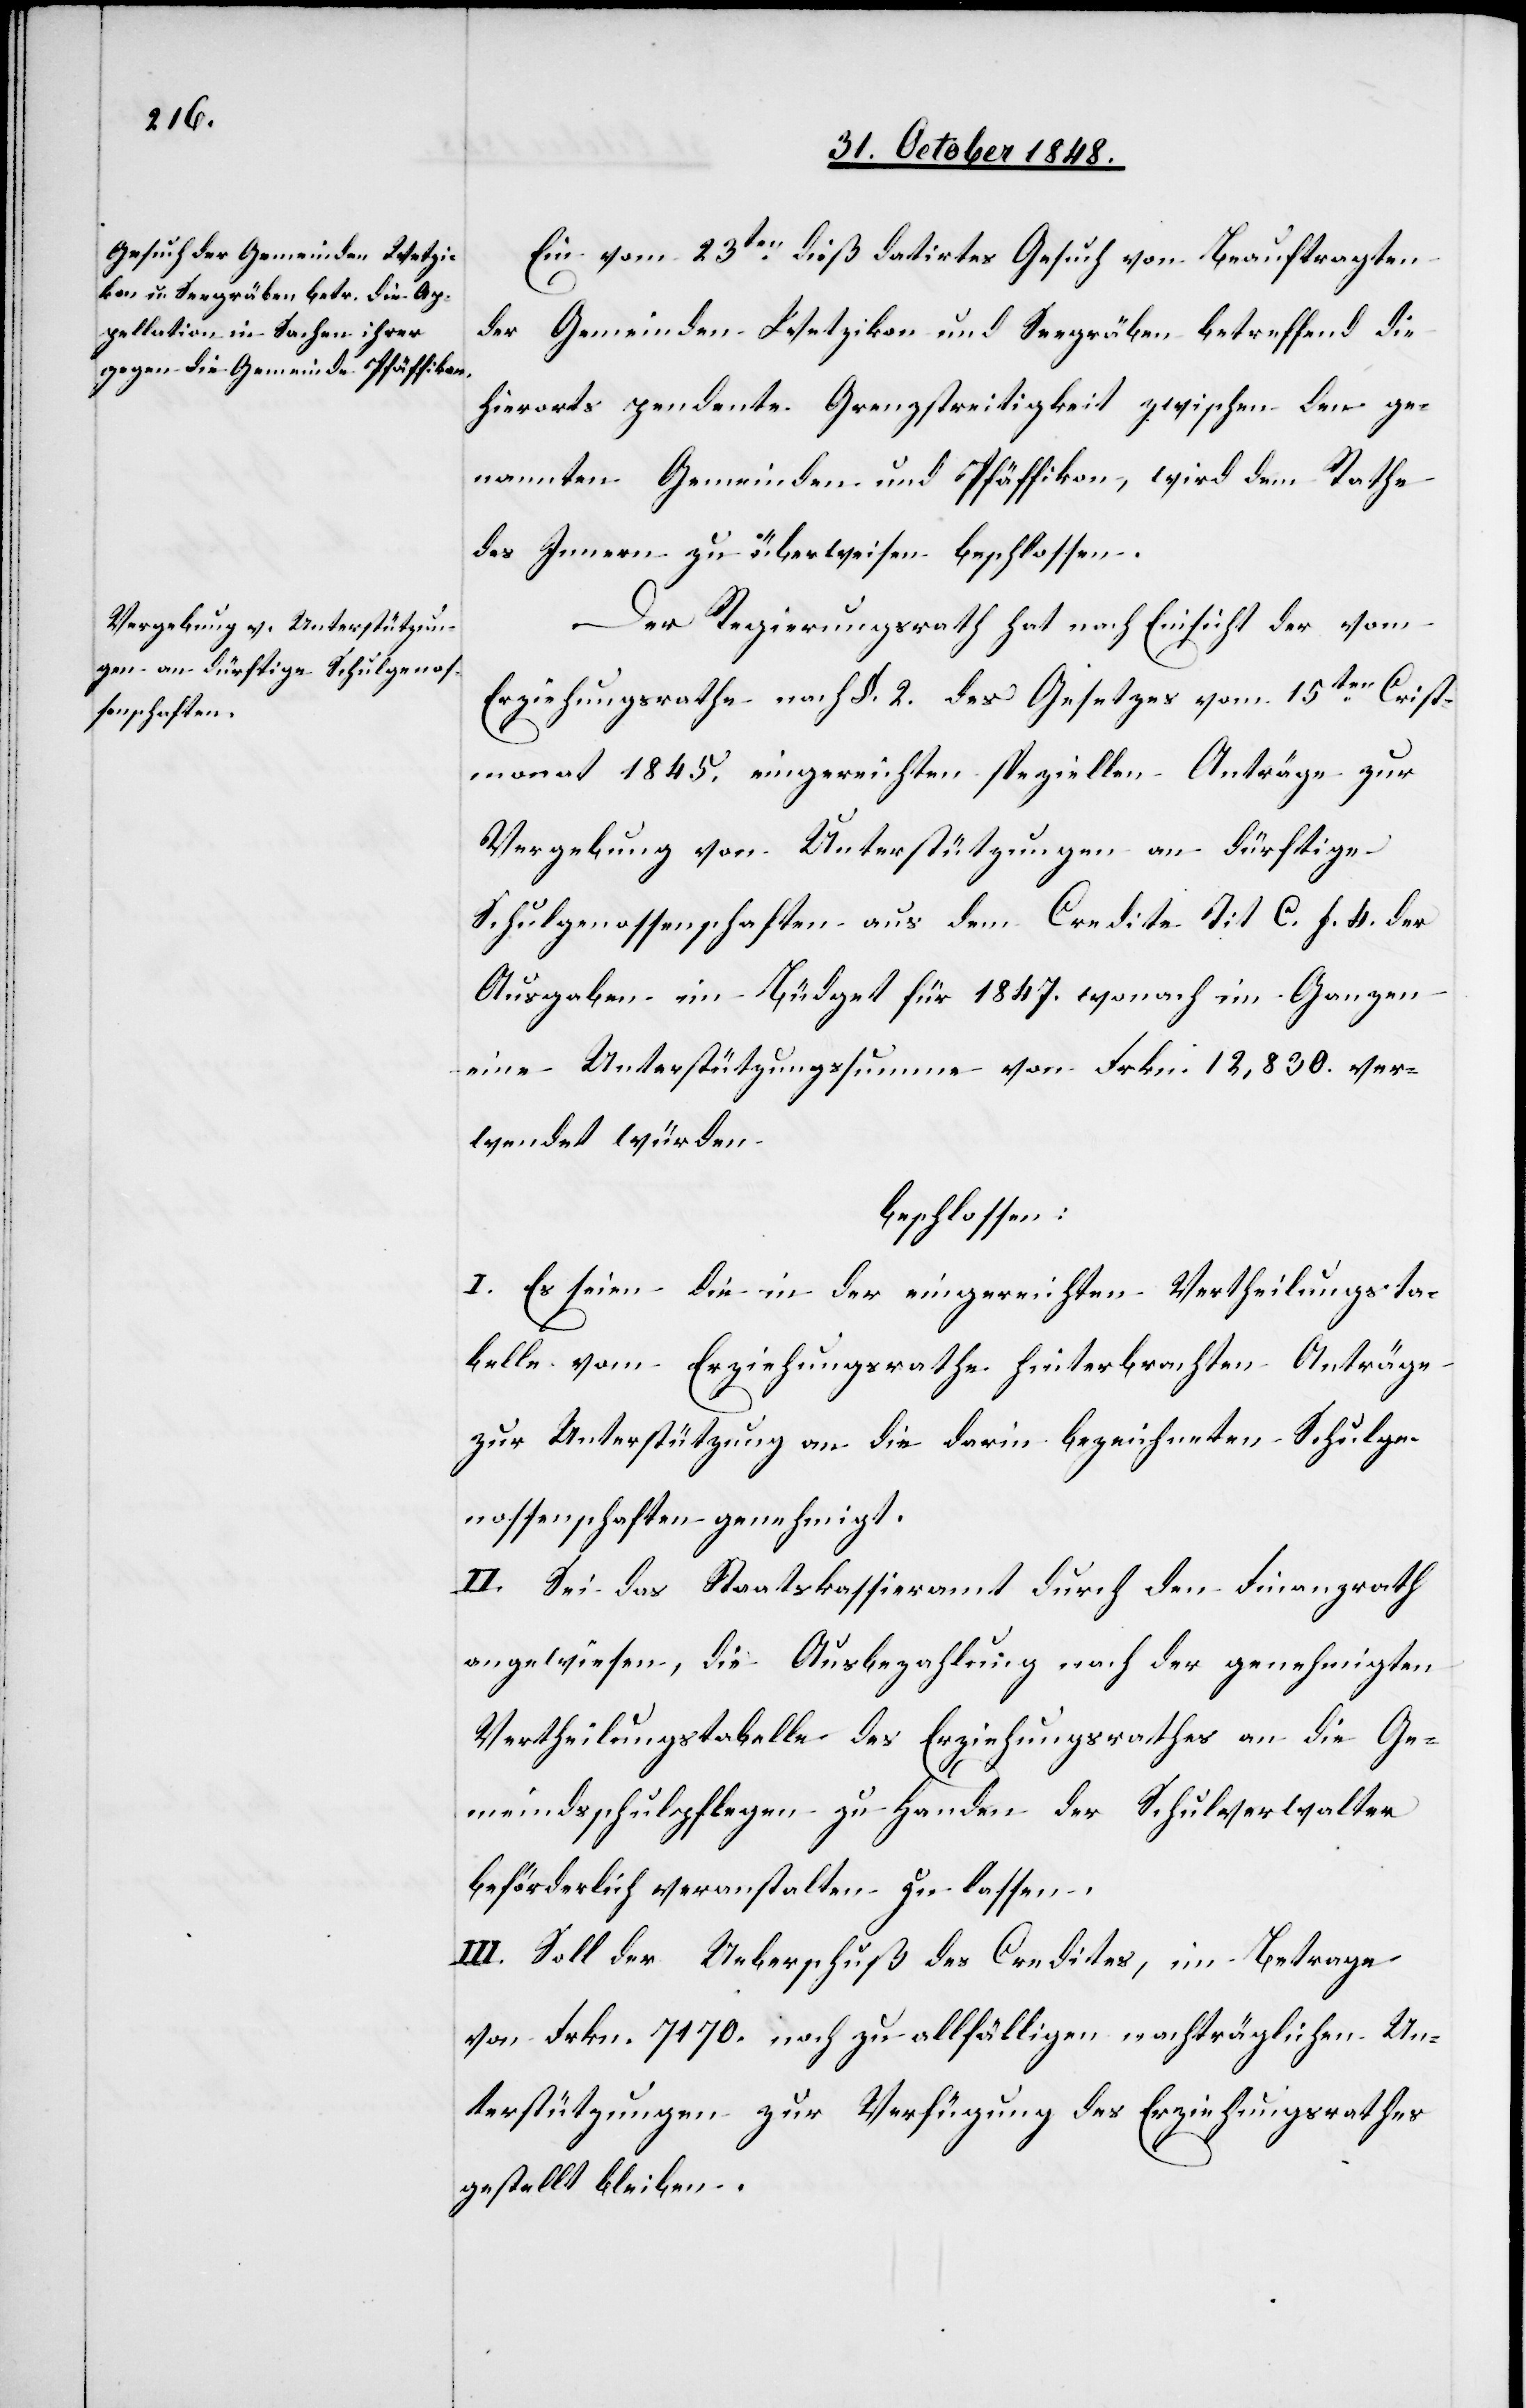
Ein vom 23ten dieß datirtes Gesuch von Beauftragten
der Gemeinden Wetzikon und Seegräben betreffend die
hierorts pendente Grenzstreitigkeit zwischen den ge¬
nannten Gemeinden und Pfäffikon, wird dem Rathe
des Innern zu überweisen beschlossen.
Der Regierungsrath hat nach Einsicht der vom
Erziehungsrathe nach §. 2. des Gesetzes vom 15ten C[h]rist¬
monat 1845. eingereichten speziellen Anträge zur
Vergebung von Unterstützungen an dürftige
Schulgenossenschaften aus dem Credite Tit. C. f. 4. der
Ausgaben im Büdget für 1847. wonach im Ganzen
eine Unterstützungssumme von Frkn. 12,830. ver¬
wendet würden
beschlossen:
I. Es seien die in der eingereichten Vertheilungsta¬
belle vom Erziehungsrathe hinterbrachten Anträge
zur Unterstützung an die darin bezeichneten Schulge¬
nossenschaften genehmigt.
II. Sei das Staatskassieramt durch den Finanzrath
angewiesen, die Ausbezahlung nach der genehmigten
Vertheilungstabelle des Erziehungsrathes an die Ge¬
meindsschulpflege zu Handen des Schulverwalter
beförderlich veranstalten zu lassen.
III. Soll der Ueberschuß des Credites, im Betrage
von Frkn. 7170. noch zu allfälligen nachträglichen Un¬
terstützungen zur Verfügung des Erziehungsrathes
gestellt bleiben.